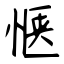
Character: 惬